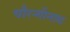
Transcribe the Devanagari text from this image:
चौरन्गीनाथ